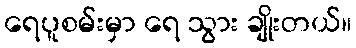
ရေပူစမ်းမှာ ရေ သွား ချိုးတယ်။